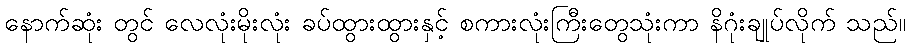
နောက်ဆုံး တွင် လေလုံးမိုးလုံး ခပ်ထွားထွားနှင့် စကားလုံးကြီးတွေသုံးကာ နိဂုံးချုပ်လိုက် သည်။